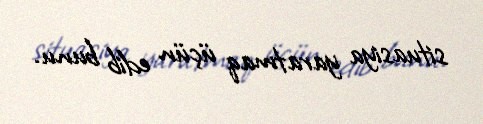
situasiya yaratmaq üçün edib bunu.